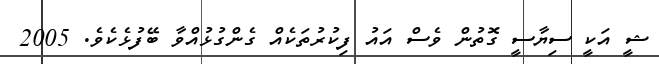
ޝީ އަކީ ސިޔާސީ ގޮތުން ވެސް އައު ފިކުރުތަކެއް ގެންގުޅުއްވާ ބޭފުޅެކެވެ. 2005